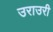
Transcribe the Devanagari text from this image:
उराउरी